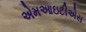
એમઆઇટીએસ